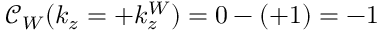
\mathcal { C } _ { W } ( k _ { z } = + k _ { z } ^ { W } ) = 0 - ( + 1 ) = - 1